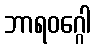
ဘာရဝဂ္ဂေါ